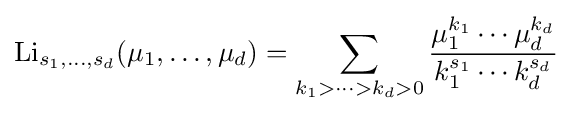
\mathrm {Li} _{s_{1},\ldots ,s_{d}}(\mu _{1},\ldots ,\mu _{d})=\sum \limits _{k_{1}>\cdots >k_{d}>0}{\frac {\mu _{1}^{k_{1}}\cdots \mu _{d}^{k_{d}}}{k_{1}^{s_{1}}\cdots k_{d}^{s_{d}}}}